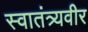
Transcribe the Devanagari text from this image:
स्‍वातंत्र्यवीर